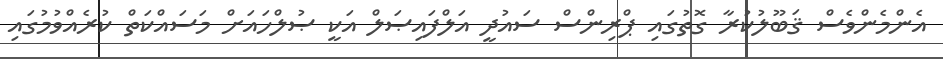
އެންމެންވެސް ޤަބޫލުކުރާ ގޮތުގައި ޕްރިންސް ސައުދީ އަލްފައިޞަލް އަކީ ޞުލްހައަށް މަސައްކަތް ކުރެއްވުމުގައި